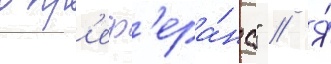
в пр'еф'ера́нс" // Я́